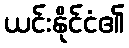
ယင်းနိုင်ငံ၏